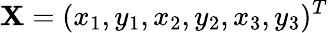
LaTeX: \mathbf{X}=(x_{1},y_{1},x_{2},y_{2},x_{3},y_{3})^{T}